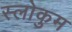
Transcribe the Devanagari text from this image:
स्लोकुम